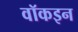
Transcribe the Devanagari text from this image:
वॉकइन